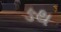
ઙથ